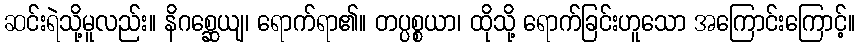
ဆင်းရဲသို့မူလည်း။ နိဂစ္ဆေယျ၊ ရောက်ရာ၏။ တပ္ပစ္စယာ၊ ထိုသို့ ရောက်ခြင်းဟူသော အကြောင်းကြောင့်။